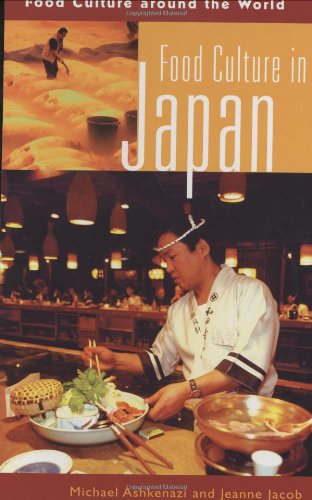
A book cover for Food Culture in Japan (Food Culture around the World); Michael Ashkenazi Ph.D.; Cookbooks, Food & Wine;